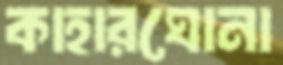
কাহারঘোনা